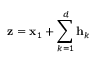
{ \bf z } = { \bf x } _ { 1 } + \sum _ { k = 1 } ^ { d } { \bf h } _ { k }